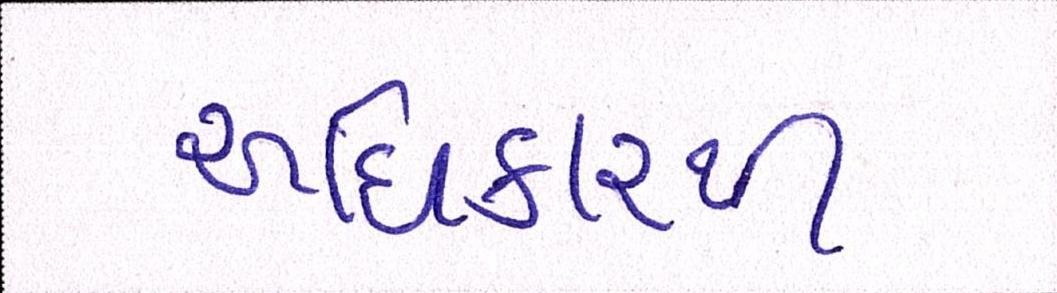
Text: અધિકારથી